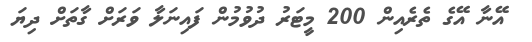
އޭނާ އޭގެ ތެރެއިން 200 މީޓަރު ދުވުމުން ފައިނަލާ ވަރަށް ގާތަށް ދިޔަ